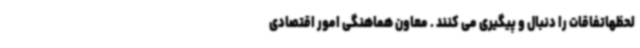
لحظهاتفاقات را دنبال و پیگیری می کنند . معاون هماهنگی امور اقتصادی